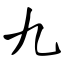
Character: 九